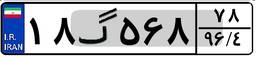
۷۹گ۴۶۰۴۶